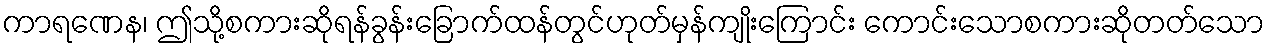
ကာရဏေန၊ ဤသို့စကားဆိုရန်ခွန်းခြောက်ထန်တွင်ဟုတ်မှန်ကျိုးကြောင်း ကောင်းသောစကားဆိုတတ်သော